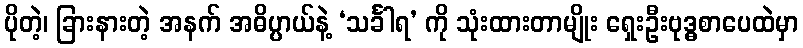
ပိုတဲ့၊ ခြားနားတဲ့ အနက် အဓိပ္ပာယ်နဲ့ ‘သင်္ခါရ’ ကို သုံးထားတာမျိုး ရှေးဦးဗုဒ္ဓစာပေထဲမှာ